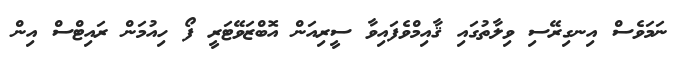
ނަމަވެސް އިނގިރޭސި ވިލާތުގައި ޤާއިމްވެފައިވާ ސީރިއަން އޮބްޒަވޭޓަރީ ފޯ ހިއުމަން ރައިޓްސް އިން